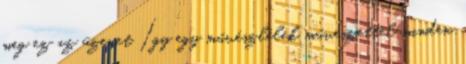
meg ez az üzenet Így egy művészlélek művészettel minden